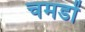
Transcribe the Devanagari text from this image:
चमडों